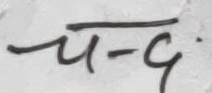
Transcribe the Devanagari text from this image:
च-५